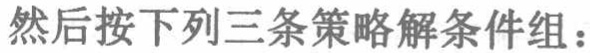
然后按下列三条策略解条件组：